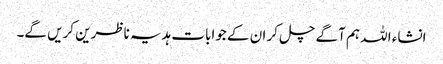
انشاء اللہ ہم آگے چل کر ان کے جوابات ہدیہ ناظرین کریں گے۔